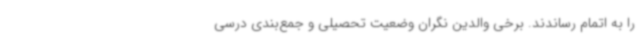
را به اتمام رساندند. برخی والدین نگران وضعیت تحصیلی و جمع‌بندی درسی